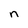
Character: n